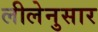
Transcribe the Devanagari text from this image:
लीलेनुसार